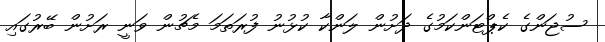
ސުޖަންގެ ކެޕްޓަންކަމުގެ ދަށުން ލަންކާ ކުޅުނު ފުރަތަމަ މެޗުން ވަނީ ރަށުން ބޭރުގައި